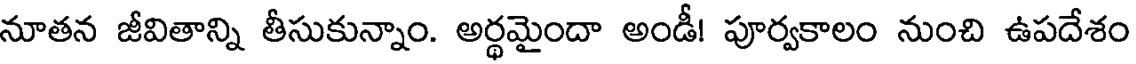
నూతన జీవితాన్ని తీసుకున్నాం. అర్థమైందా అండీ! పూర్వకాలం నుంచి ఉపదేశం